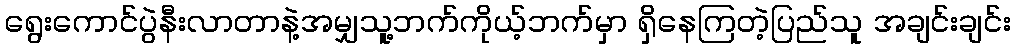
ရွေးကောင်ပွဲနီးလာတာနဲ့အမျှသူ့ဘက်ကိုယ့်ဘက်မှာ ရှိနေကြတဲ့ပြည်သူ အချင်းချင်း